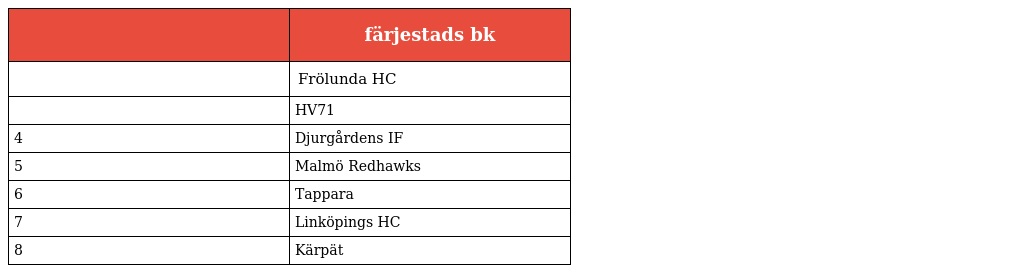
|  | färjestads bk |
 | --- | --- |
 |  | Frölunda HC |
 |  | HV71 |
 | 4 | Djurgårdens IF |
 | 5 | Malmö Redhawks |
 | 6 | Tappara |
 | 7 | Linköpings HC |
 | 8 | Kärpät |